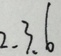
2 . 3 . 6